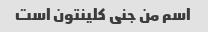
اسم من جنی کلینتون است